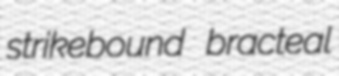
strikebound bracteal